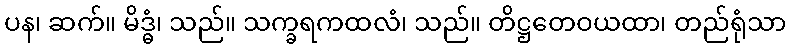
ပန၊ ဆက်။ မိဒ္ဓံ၊ သည်။ သက္ခရကထလံ၊ သည်။ တိဋ္ဌတေဝယထာ၊ တည်ရုံသာ